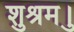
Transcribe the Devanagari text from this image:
शुश्रुम।